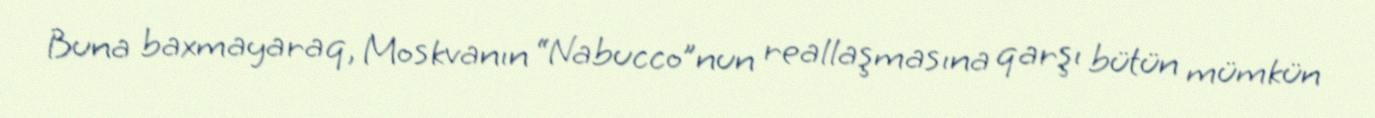
Buna baxmayaraq, Moskvanın “Nabucco”nun reallaşmasına qarşı bütün mümkün